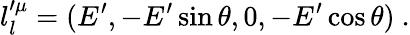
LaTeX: l_{l}^{\prime\mu}=(E^{\prime},-E^{\prime}\sin\theta,0,-E^{\prime}\cos\theta)~.